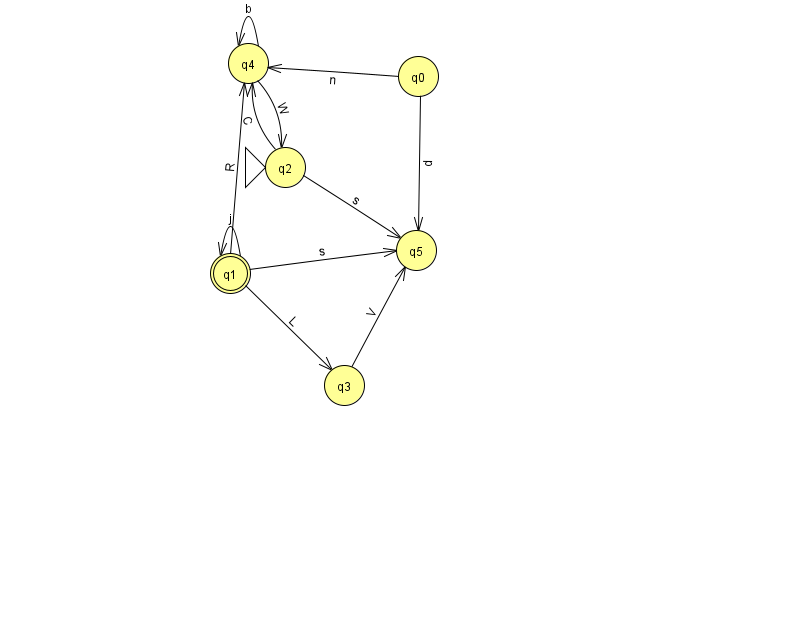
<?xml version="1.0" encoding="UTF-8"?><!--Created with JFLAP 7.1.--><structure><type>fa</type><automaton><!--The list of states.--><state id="0" name="q0"><x>418.0</x><y>63.0</y></state><state id="1" name="q1"><x>230.0</x><y>260.0</y><final/></state><state id="2" name="q2"><x>285.0</x><y>154.0</y><initial/></state><state id="3" name="q3"><x>344.0</x><y>372.0</y></state><state id="4" name="q4"><x>248.0</x><y>50.0</y></state><state id="5" name="q5"><x>416.0</x><y>237.0</y></state><!--The list of transitions.--><transition><from>4</from><to>2</to><read>W</read></transition><transition><from>4</from><to>4</to><read>b</read></transition><transition><from>3</from><to>5</to><read>V</read></transition><transition><from>1</from><to>5</to><read>s</read></transition><transition><from>2</from><to>4</to><read>C</read></transition><transition><from>1</from><to>3</to><read>L</read></transition><transition><from>0</from><to>4</to><read>n</read></transition><transition><from>1</from><to>1</to><read>j</read></transition><transition><from>1</from><to>4</to><read>R</read></transition><transition><from>2</from><to>5</to><read>s</read></transition><transition><from>0</from><to>5</to><read>d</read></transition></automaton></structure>